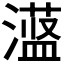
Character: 𪷞